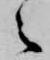
之